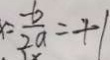
x = \frac { - b } { 2 a } = + 1